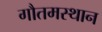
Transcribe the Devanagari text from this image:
गौतमस्थान